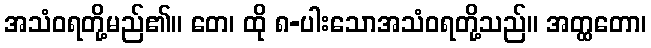
အသံဝရတို့မည်၏။ တေ၊ ထို ၈-ပါးသောအသံဝရတို့သည်။ အတ္ထတော၊